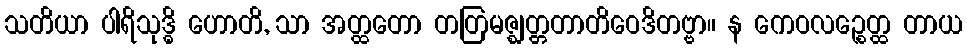
သတိယာ ပါရိသုဒ္ဓိ ဟောတိ, သာ အတ္ထတော တတြမဇ္ဈတ္တတာတိဝေဒိတဗ္ဗာ။ န ကေဝလဉ္စေတ္ထ တာယ